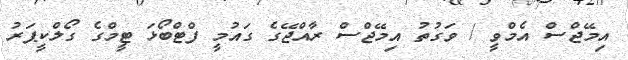
އިމޭޖްސް އެމްވީ / ވަގުތު އިމޭޖްސް ރާއްޖޭގެ ގައުމީ ފްޓްބޯޅަ ޓީމްގެ ގޯލްކީޕަރު